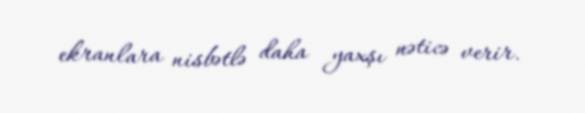
ekranlara nisbətlə daha yaxşı nəticə verir.